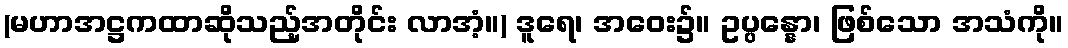
(မဟာအဋ္ဌကထာဆိုသည့်အတိုင်း လာအံ့။) ဒူရေ၊ အဝေး၌။ ဥပ္ပန္နော၊ ဖြစ်သော အသံကို။